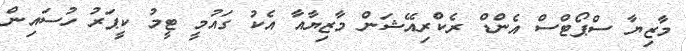
މާޒިޔާ ސްޕޯޓްސް އެންޑް ރެކްރިއޭޝަން މާޒިޔާއާ އެކު ގައުމީ ޓީމު ކީޕަރު ހުސައިން